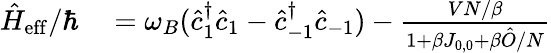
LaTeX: \begin{array}{rl}{\hat{H}_{\mathrm{eff}}/\hbar}&{{}=\omega_{B}(\hat{c}_{1}^{\dagger}\hat{c}_{1}-\hat{c}_{-1}^{\dagger}\hat{c}_{-1})-\frac{VN/\beta}{1+\beta J_{0,0}+\beta\hat{O}/N}}\end{array}